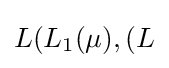
L(L_{1}(\mu ),(L